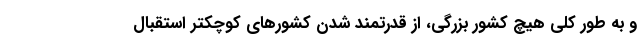
و به طور کلی هیچ کشور بزرگی، از قدرتمند شدن کشورهای کوچکتر استقبال